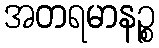
အတရမာနဉ္စ